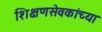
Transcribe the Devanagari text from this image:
शिक्षणसेवकांच्या